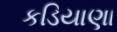
કડિયાણા